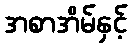
အစာအိမ်နှင့်